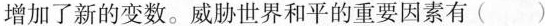
增加了新的变数。威胁世界和平的重要因素有( )